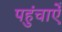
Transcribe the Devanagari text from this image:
पहुंचाऐँ